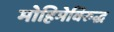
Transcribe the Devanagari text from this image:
मोहिमेविरुद्ध